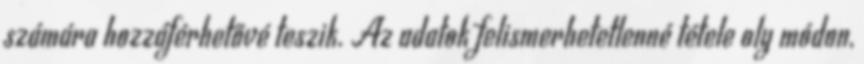
számára hozzáférhetővé teszik. Az adatok felismerhetetlenné tétele oly módon,